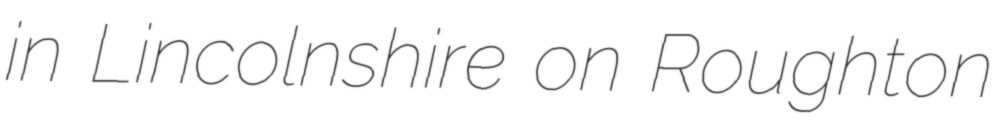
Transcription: in Lincolnshire on Roughton